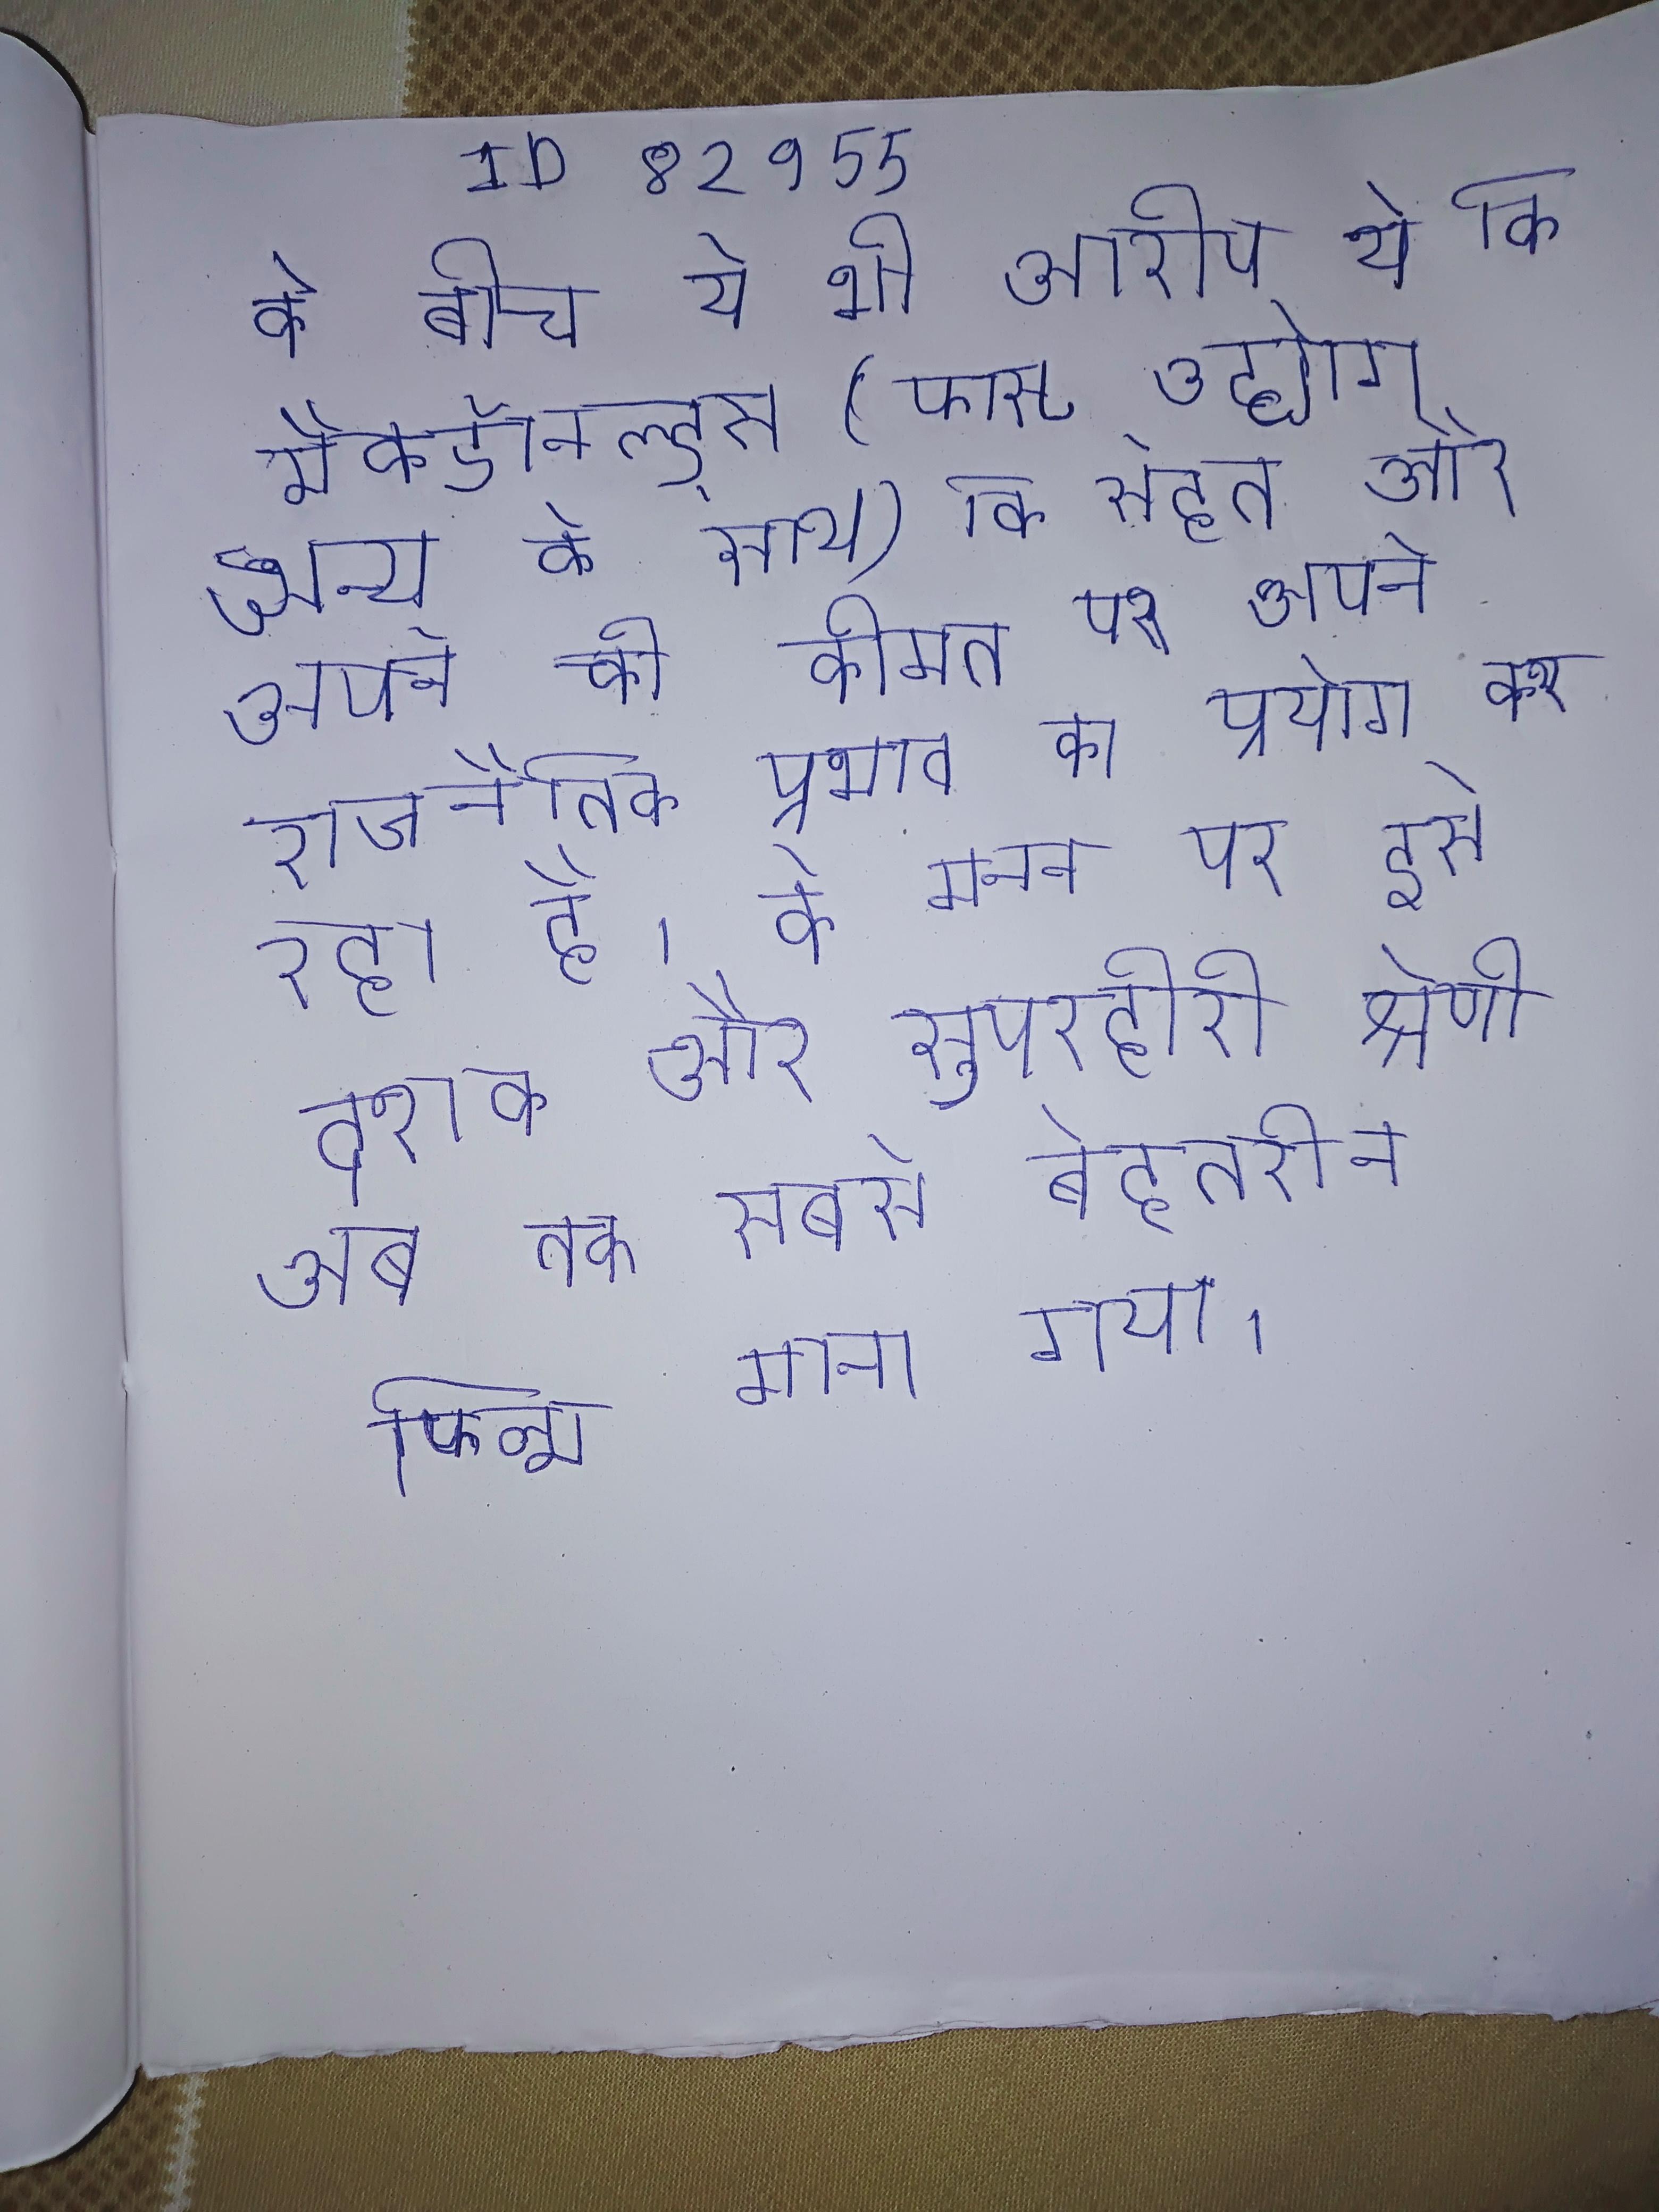
के बीच ये भी आरोप थे कि मैकडॉनल्ड्स (फास्ट उद्योग अन्य के साथ) कि सेहत और अपने की सामाजिक स्थिति की कीमत पर अपने को के लिए अपने राजनैतिक प्रभाव का प्रयोग कर रहा है । के मनन पर इसे दशक और सुपरहीरो श्रेणी अब तक सबसे बेहतरीन फिल्म माना गया ।